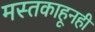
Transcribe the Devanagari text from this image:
मस्तकाहूनही